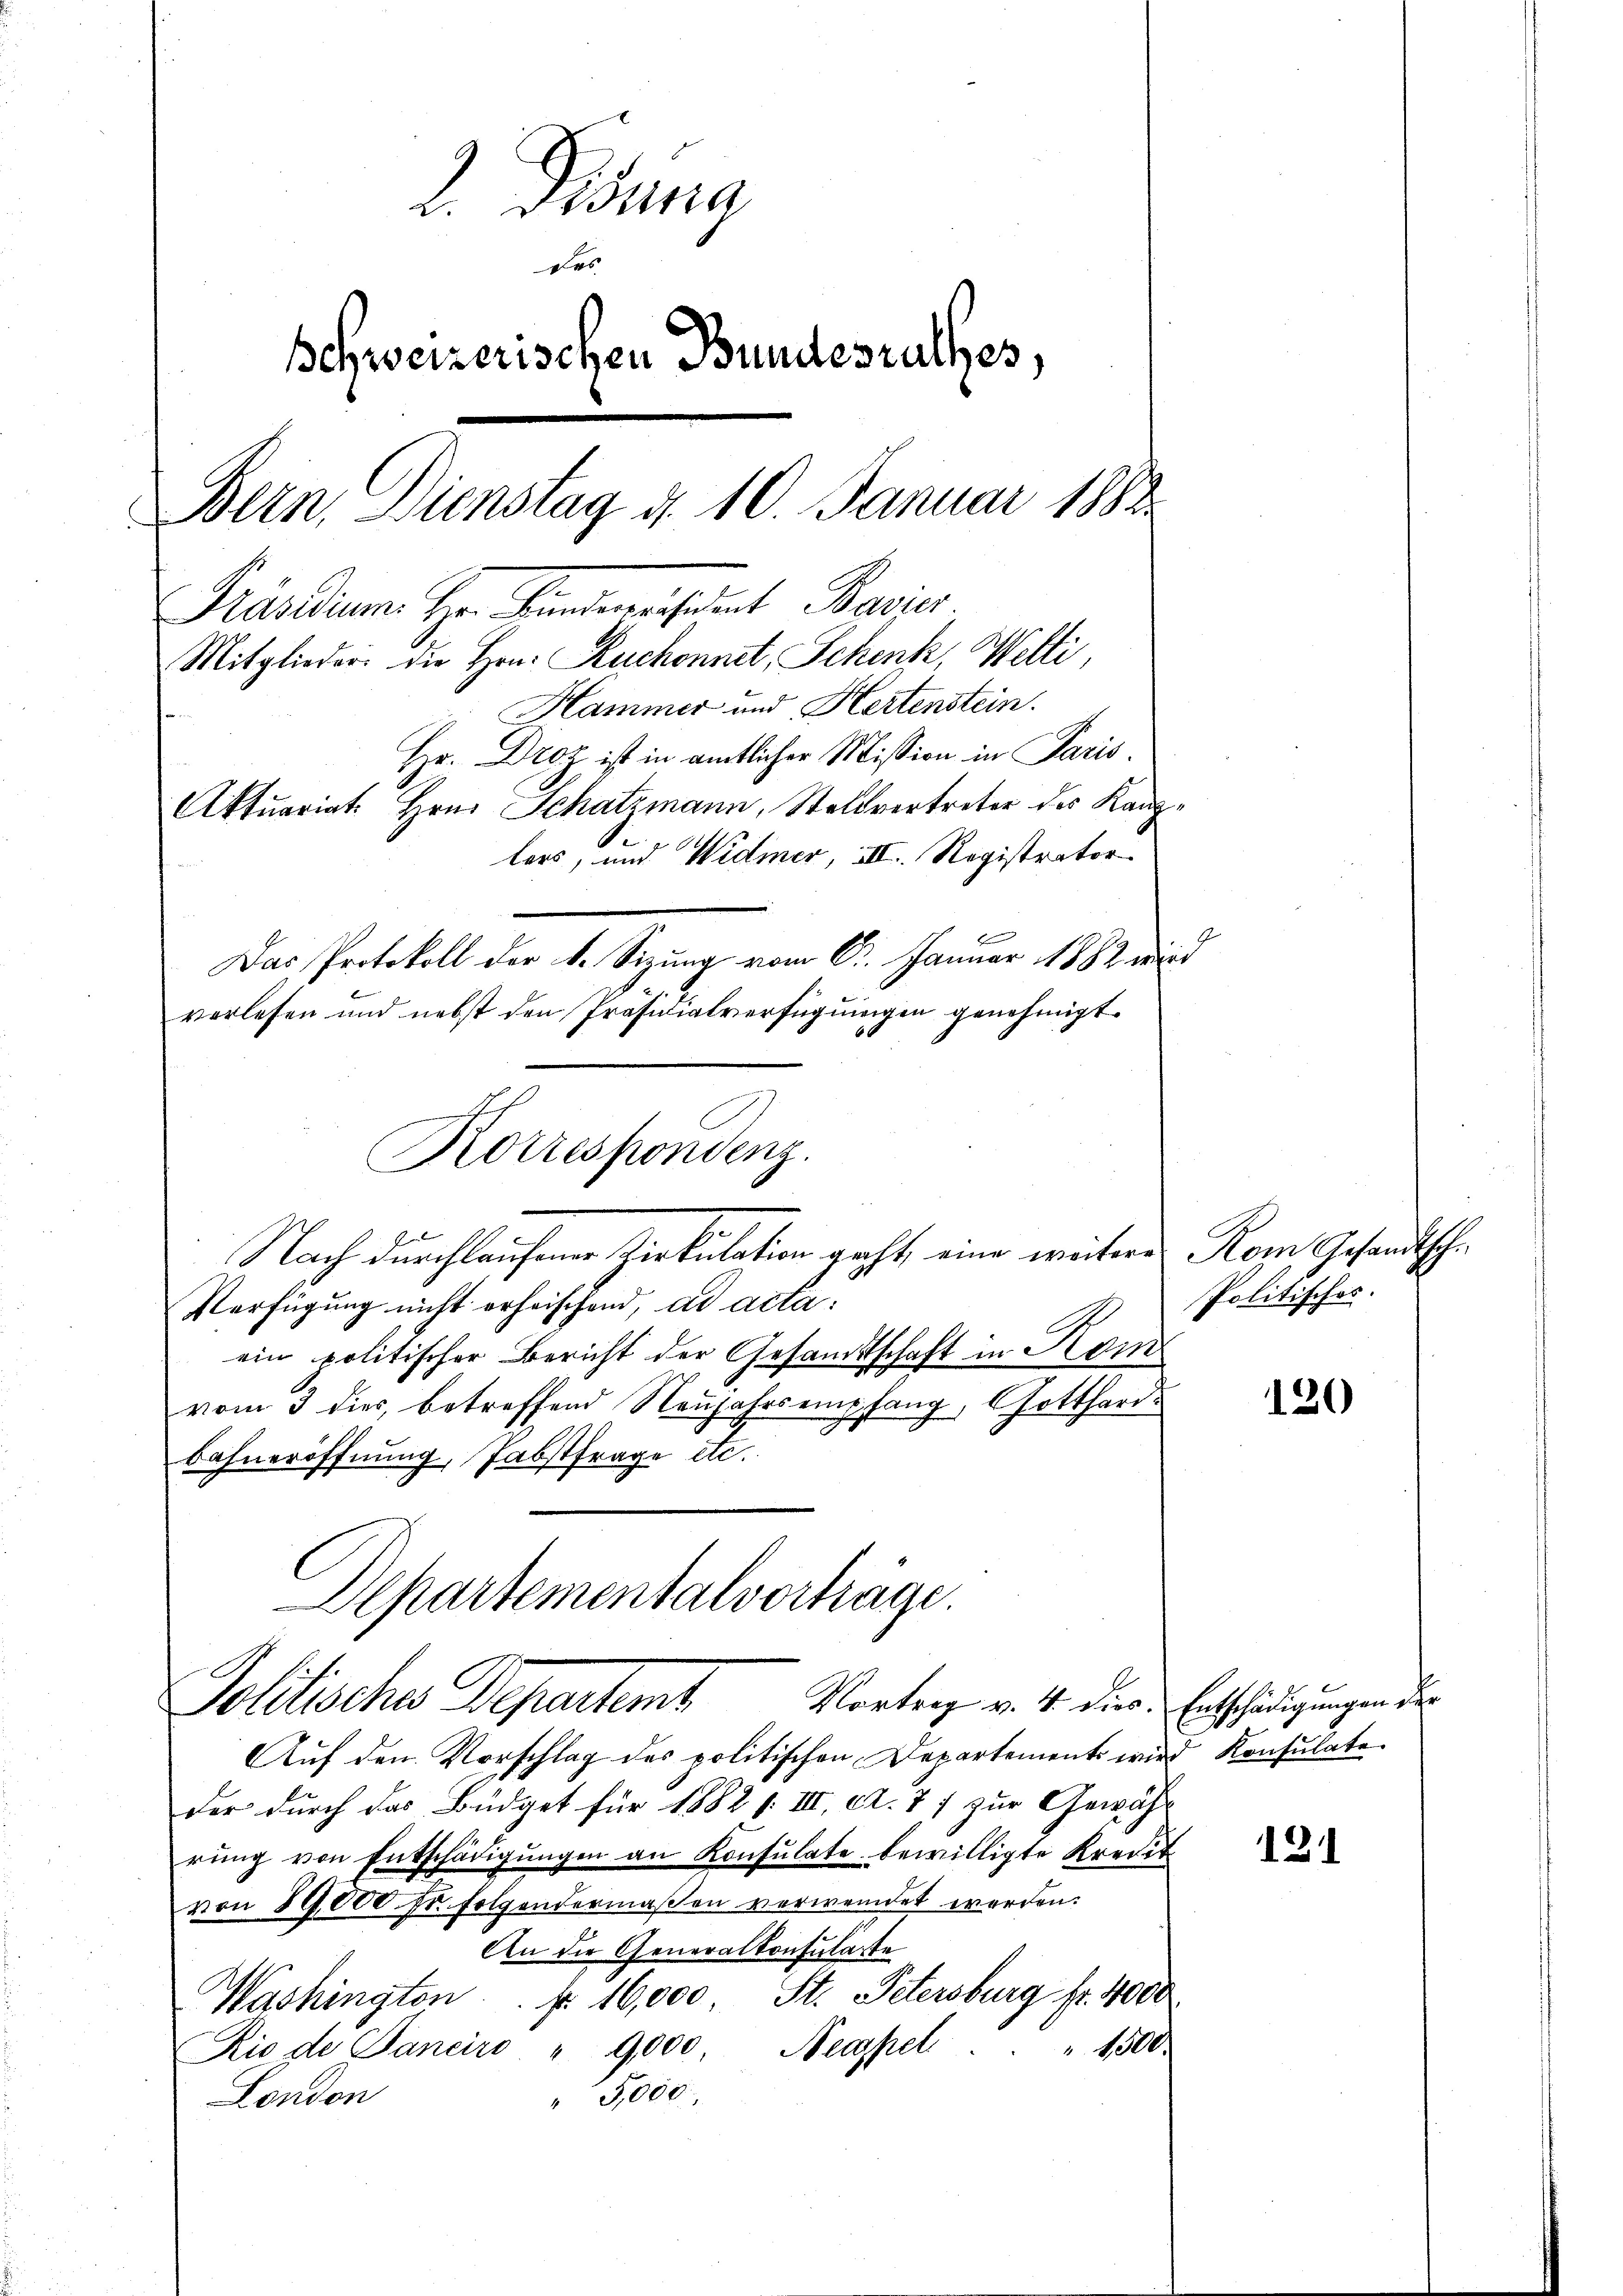
2. Disung
Des
Schweizerischen Bundesrathes,
Bern, Dienstag d. 10 Januar 1882
Präsidium Hrn. Kindenensatent Bavie
Mitglieder die Hrn. Ruchonnet, Schenk, Welti
Hammer und Hertenstein.
Hr. Droz ist in amtlicher Mission in Paris.
Aktuariat. Hrn. Schatzmann, Stellvertreter des Kanzlers, und Widmer, III. Registrator
Das Protokoll der k. Sitzung vom 6. Januar 1882 wird
verlesen und nebst den Präsidialverfügungen genehmigt.
10

Korrespondenz.
Nach durchlaufener Zirkulation groß, eine weitere Rom Gesandtsche

Politisches Departem

Verfügung nicht erheischend, ad acta.
ein politischer Bericht der Gesandtschaft in Kom
vom 3 dies, betreffend Neujahrs empfang, Gotthard.
Bahneröffnung, abstfrage etc.
Departementalverträge.

Vortrag v. 4. dies. Entschädigungen der
Aŭf den Vorschlag des politischen Departements wird Konsulate
der durch das Büdget für 1882 f. III. A. 77 zur Gewährung von Entschädigungen an Konsulate bewilligte Kredit
von 89,000 Fr. folgendermaßen verwendet werden.
An die Generalkonsulate
Washington fr. 16,000 St. Petersburg fr. 4000
" 1500
Rio de Janeiro " 9000 Neapel
" 5,000
London

Politisches.

120

121